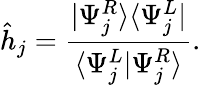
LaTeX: \hat{h}_{j}=\frac{\vert\Psi_{j}^{R}\rangle\langle\Psi_{j}^{L}\vert}{\langle\Psi_{j}^{L}\vert\Psi_{j}^{R}\rangle}.